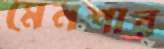
মেনশার